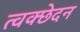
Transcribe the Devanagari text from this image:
त्वक्छेदन